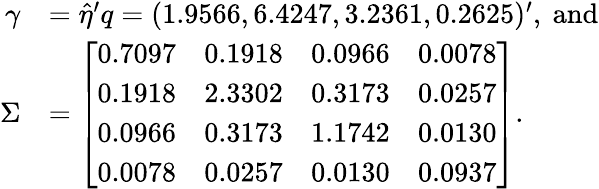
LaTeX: \begin{array}{rl}{\gamma}&{=\hat{\eta}^{\prime}q=(1.9566,6.4247,3.2361,0.2625)^{\prime},\mathrm{~and}}\\ {\Sigma}&{=\left[\begin{array}{llll}{0.7097}&{0.1918}&{0.0966}&{0.0078}\\ {0.1918}&{2.3302}&{0.3173}&{0.0257}\\ {0.0966}&{0.3173}&{1.1742}&{0.0130}\\ {0.0078}&{0.0257}&{0.0130}&{0.0937}\end{array}\right].}\end{array}